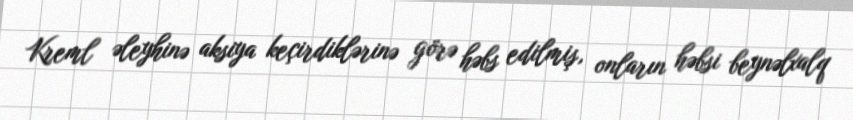
Kreml əleyhinə aksiya keçirdiklərinə görə həbs edilmiş, onların həbsi beynəlxalq